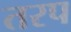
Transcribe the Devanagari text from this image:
तरप